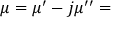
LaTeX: \mu = \mu ^ { \prime } - j \mu ^ { \prime \prime } =